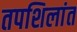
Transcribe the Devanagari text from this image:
तपशिलांत